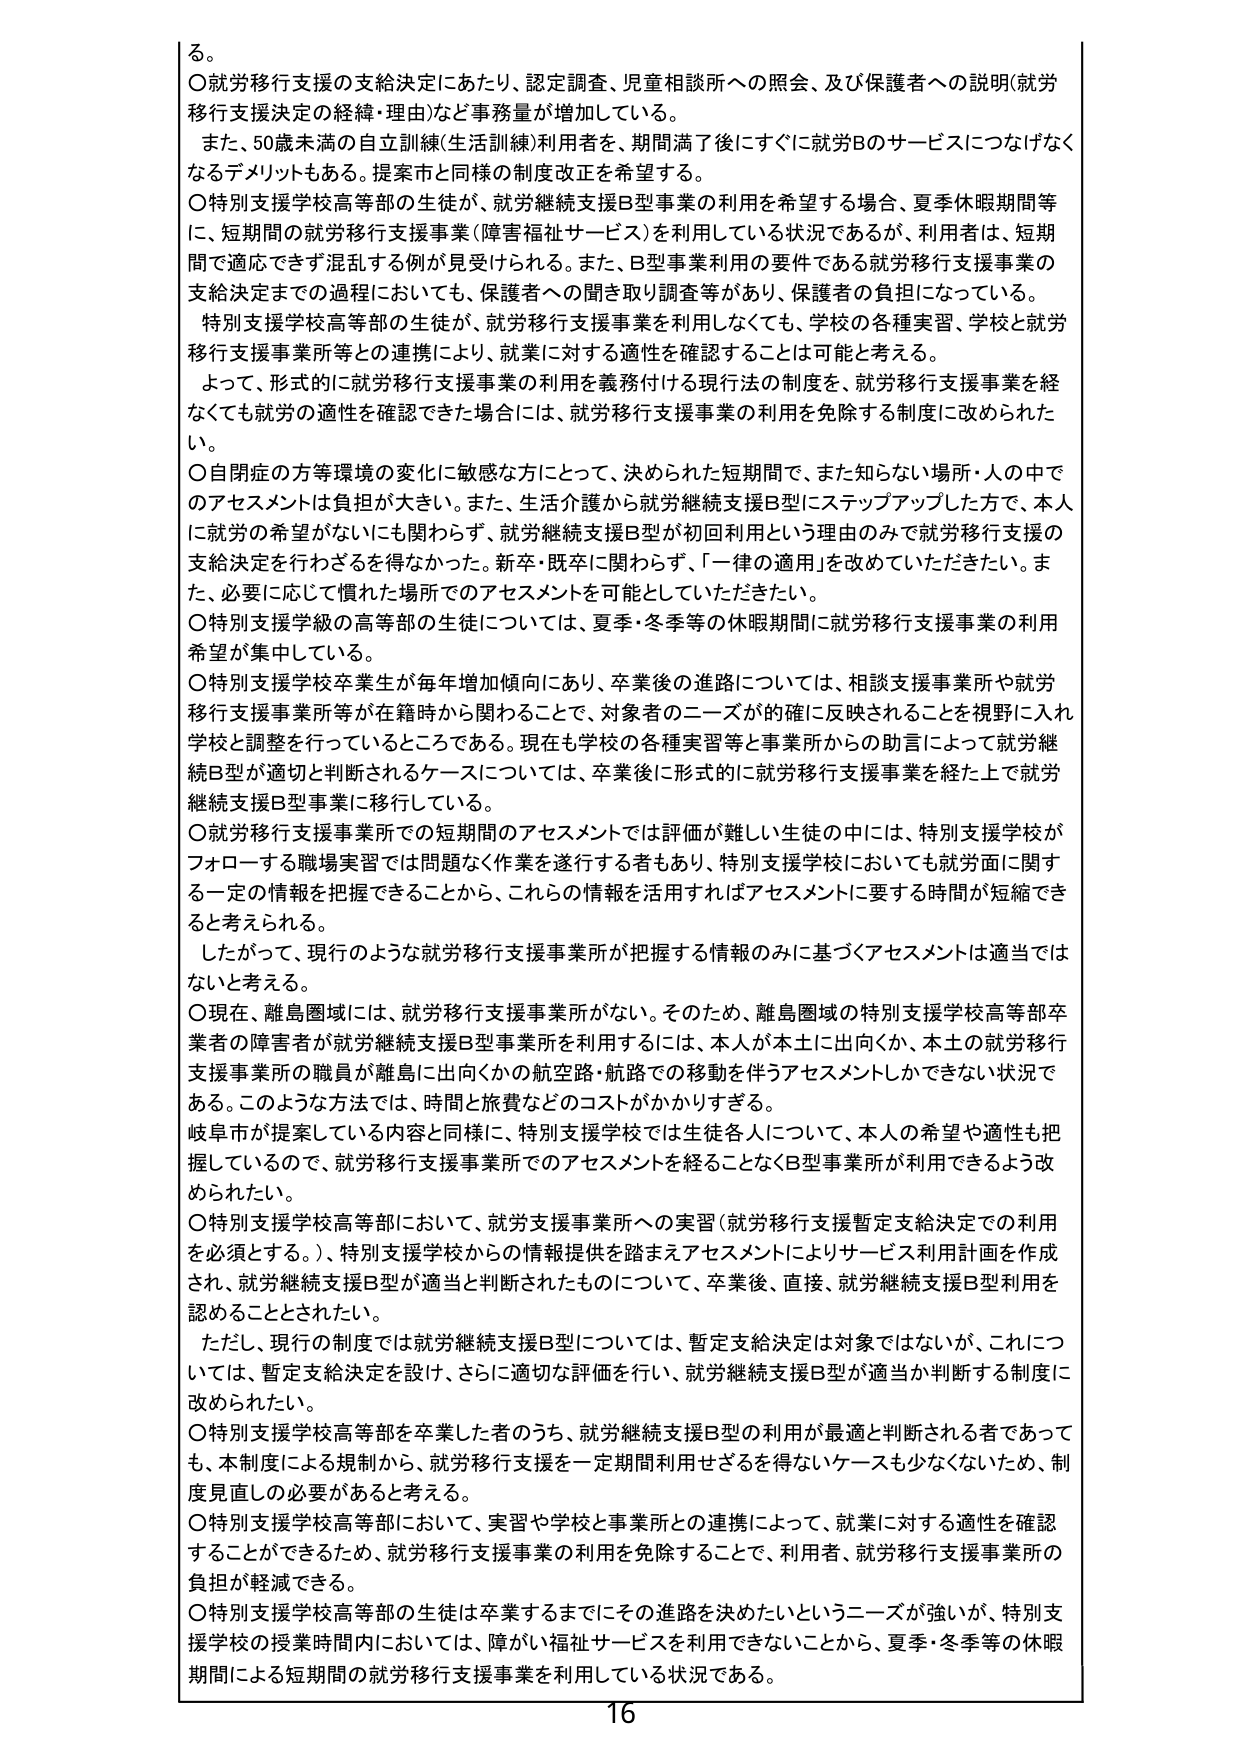
る。

○就労移行支援の支給決定にあたり、認定調査、児童相談所への照会、及び保護者への説明（就労移行支援決定の経緯・理由）など事務量が増加している。
また、50歳未満の自立訓練（生活訓練）利用者を、期間満了後にすぐに就労Bのサービスにつなげなくなるデメリットもある。提案市と同様の制度改正を希望する。

○特別支援学校高等部の生徒が、就労継続支援B型事業の利用を希望する場合、夏季休暇期間等に、短期間の就労移行支援事業（障害福祉サービス）を利用している状況であるが、利用者は、短期間で適応できず混乱する例が見受けられる。また、B型事業利用の要件である就労移行支援事業の支給決定までの過程においても、保護者への聞き取り調査等があり、保護者の負担になっている。
特別支援学校高等部の生徒が、就労移行支援事業を利用しなくても、学校の各種実習、学校と就労移行支援事業所等との連携により、就業に対する適性を確認することは可能と考える。
よって、形式的に就労移行支援事業の利用を義務付ける現行法の制度を、就労移行支援事業を経なくても就労の適性を確認できた場合には、就労移行支援事業の利用を免除する制度に改められたい。

○自閉症の方等環境の変化に敏感な方にとって、決められた短期間で、また知らない場所・人の中でのアセスメントは負担が大きい。また、生活介護から就労継続支援B型にステップアップした方で、本人に就労の希望がないにも関わらず、就労継続支援B型が初回利用という理由のみで就労移行支援の支給決定を行わざるを得なかった。新卒・既卒に関わらず、「一律の適用」を改めていただきたい。また、必要に応じて慣れた場所でのアセスメントを可能としていただきたい。

○特別支援学級の高等部の生徒については、夏季・冬季等の休暇期間に就労移行支援事業の利用希望が集中している。

○特別支援学校卒業生が毎年増加傾向にあり、卒業後の進路については、相談支援事業所や就労移行支援事業所等が在籍時から関わることで、対象者のニーズが確に反映されることを視野に入れ学校と調整を行っているところである。現在も学校の各種実習等と事業所からの助言によって就労継続B型が適切と判断されるケースについては、卒業後に形式的に就労移行支援事業を経た上で就労継続支援B型事業に移行している。

○就労移行支援事業所での短期間のアセスメントでは評価が難しい生徒の中には、特別支援学校がフォローする職場実習では問題なく作業を遂行する者もあり、特別支援学校においても就労面に関する一定の情報を把握できることから、これらの情報を活用すればアセスメントに要する時間が短縮できると考えられる。
したがって、現行のような就労移行支援事業所が把握する情報のみに基づくアセスメントは適当ではないと考える。

○現在、離島圏域には、就労移行支援事業所がない。そのため、離島圏域の特別支援学校高等部卒業者の障害者が就労継続支援B型事業所を利用するには、本人が本土に出向くか、本土の就労移行支援事業所の職員が離島に出向くかの航空路・航路での移動を伴うアセスメントしかできない状況である。このような方法では、時間と旅費などのコストがかかりすぎる。
岐阜市が提案している内容と同様に、特別支援学校では生徒各人について、本人の希望や適性も把握しているので、就労移行支援事業所でのアセスメントを経ることなくB型事業所が利用できるよう改められたい。

○特別支援学校高等部において、就労支援事業所への実習（就労移行支援暫定支給決定での利用を必須とする。）、特別支援学校からの情報提供を踏まえアセスメントによりサービス利用計画を作成され、就労継続支援B型が適当と判断されたものについて、卒業後、直接、就労継続支援B型利用を認めることとされたい。
ただし、現行の制度では就労継続支援B型については、暫定支給決定は対象ではないが、これについては、暫定支給決定を設け、さらに適切な評価を行い、就労継続支援B型が適当か判断する制度に改められたい。

○特別支援学校高等部を卒業した者のうち、就労継続支援B型の利用が最適と判断される者であっても、本制度による規制から、就労移行支援を一定期間利用せざるを得ないケースも少なくないため、制度見直しの必要があると考える。

○特別支援学校高等部において、実習や学校と事業所との連携によって、就業に対する適性を確認することができるため、就労移行支援事業の利用を免除することで、利用者、就労移行支援事業所の負担が軽減できる。

○特別支援学校高等部の生徒は卒業するまでにその進路を決めたいというニーズが強いが、特別支援学校の授業時間内においては、障がい福祉サービスを利用できないことから、夏季・冬季等の休暇期間による短期間の就労移行支援事業を利用している状況である。

16